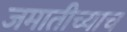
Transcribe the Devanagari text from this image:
जमातीच्याच